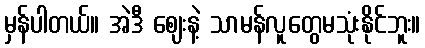
မှန်ပါတယ်။ အဲဒီ ဈေးနဲ့ သာမန်လူတွေမသုံးနိုင်ဘူး။